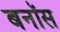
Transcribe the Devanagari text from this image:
बनॉस